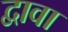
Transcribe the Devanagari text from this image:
द्वावा